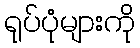
ရုပ်ပုံများကို